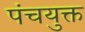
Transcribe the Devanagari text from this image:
पंचयुक्त